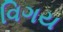
વિગય